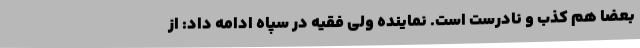
بعضاً هم کذب و نادرست است. نماینده ولی فقیه در سپاه ادامه داد: از